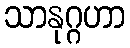
သာနုဂ္ဂဟာ